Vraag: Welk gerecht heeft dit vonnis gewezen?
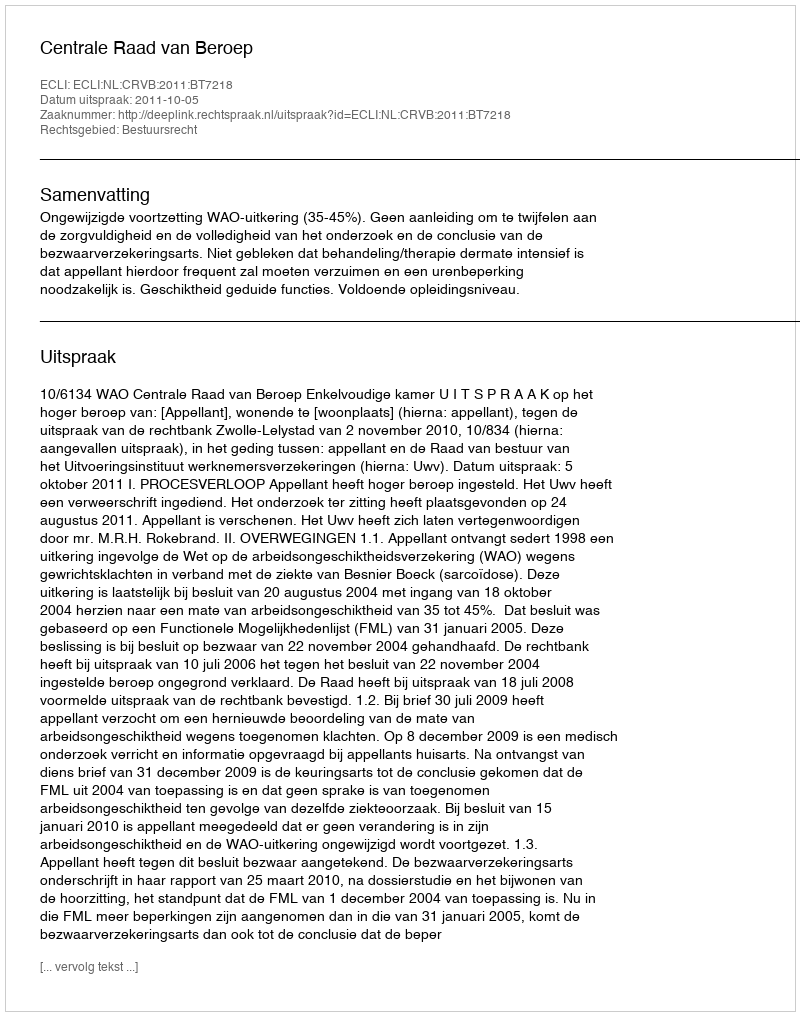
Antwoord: Centrale Raad van Beroep